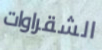
الشقراوات